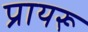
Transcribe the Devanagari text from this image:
प्रायरू